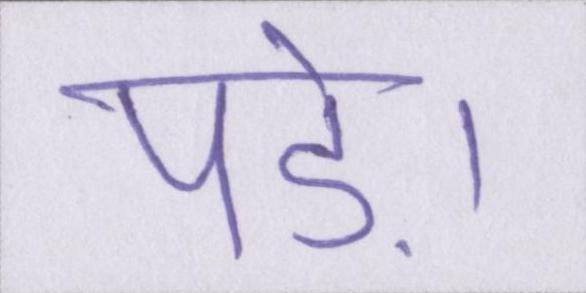
पड़े।